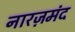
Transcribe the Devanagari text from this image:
नारज़मंद